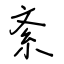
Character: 紊